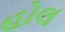
હોલ